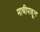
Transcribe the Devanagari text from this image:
माचीपाहून